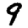
Digit: 9